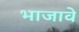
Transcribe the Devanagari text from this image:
भाजावे